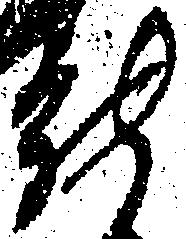
能